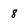
Character: 8